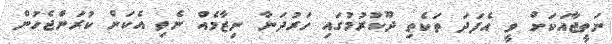
ނަތީޖާއަކަށް ވީ އެފަދަ ތަކެތި ދޫކުރުމުގައި ހަރުދަނާ ނިޒާމެއް ނެތި އެކަން ކުރަންޖެހުން